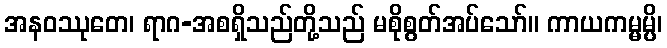
အနဝဿုတေ၊ ရာဂ-အစရှိသည်တို့သည် မစိုစွတ်အပ်သော်။ ကာယကမ္မမ္ပိ၊